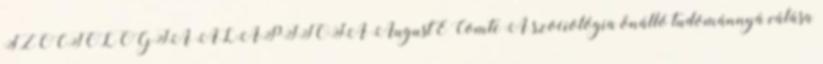
SZOCIOLÓGIA ALAPÍTÓJA AugustE Comte A szociológia önálló tudománnyá válása